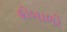
હોબાળો